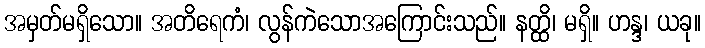
အမှတ်မရှိသော။ အတိရေကံ၊ လွန်ကဲသောအကြောင်းသည်။ နတ္ထိ၊ မရှိ။ ဟန္ဒ၊ ယခု။